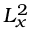
L _ { x } ^ { 2 }